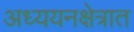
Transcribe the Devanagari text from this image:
अध्ययनक्षेत्रात